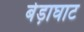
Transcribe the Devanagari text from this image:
बेड़ाघाट